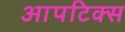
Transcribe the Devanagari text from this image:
आपटिक्स